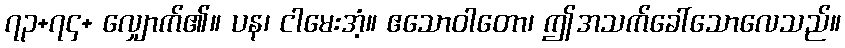
၇၃+၇၄+ လျှောက်၏။ ပန၊ ငါမေးအံ့။ ဧသောဝါတော၊ ဤအသက်ခေါ်သောလေသည်။